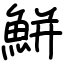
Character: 鮩